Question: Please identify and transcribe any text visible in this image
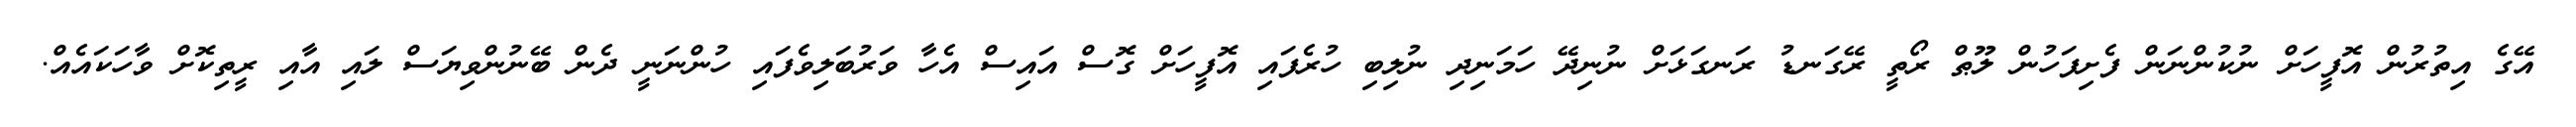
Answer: އޭގެ އިތުރުން އޮފީހަށް ނުކުންނަން ފެށިފަހުން ލޫޠް ރޯތީ ރޭގަނޑު ރަނގަޅަށް ނުނިދޭ ހަމަނިދި ނުލިބި ހުރެފައި އޮފީހަށް ގޮސް އައިސް އެހާ ވަރުބަލިވެފައި ހުންނަނީ ދެން ބޭނުންވިޔަސް ލައި އާއި ރީތިކޮށް ވާހަކައެއް.